system: You are a helpful assistant.
user:
Analyze the provided spectrum to determine if it is a **"Cataclysmic Variables (CV)"**.

- **Key Indicators for CV (Check for either state):**
    - **State 1: Quiescent / Low-State (Emission-Dominated)**
        - **(Primary):** Strong and *very broad* Hydrogen Balmer emission lines (e.g., $H\alpha$ at 6563 Å, $H\beta$ at 4861 Å). The 'broadness' (high velocity dispersion, often FWHM > 1000 km/s) is the key diagnostic, indicating a high-velocity accretion disk.
        - **(Secondary):** Broad neutral Helium (He I) emission lines (e.g., 5876 Å, 6678 Å).
        - **(Key Confirmation):** Presence of high-excitation *ionized* Helium (He II) emission at 4686 Å. This is a strong indicator of accretion onto a white dwarf.
        - **(Line Profile):** Emission lines may exhibit a 'double-peaked' profile, which is a classic signature of a rotating accretion disk viewed at high inclination.

    - **State 2: Outburst / High-State (Absorption-Dominated)**
        - **(Primary):** Spectrum is dominated by a bright, blue continuum (looks like a hot star).
        - **(Secondary):** The emission lines from State 1 are weak, absent, or 'filled in', and are replaced by broad, shallow *absorption* lines (primarily Balmer and He I).
        - **(Morphology):** The overall spectrum mimics a hot B/A-type star. The crucial difference is that the absorption lines are significantly broader, shallower, and more 'washed-out' (or 'smeared') than the sharp lines of a normal stellar photosphere, due to high rotational speeds and pressure broadening in the disk.

Think first, call **spectral_visualization_tool** if needed to examine features in detail, then provide your final answer. Your response must adhere to the following strict rules:
1.  **Overall Structure:** Your response must follow the format `<think>...</think> <tool_call>...</tool_call> (if a tool is used) <answer>...</answer>`.
2.  **Tool Usage Constraint:** You may only make **one** tool call per turn.
3.  **Final Answer Format:** In the `<answer>` tag, your conclusion must be inside a `\boxed{}` command (e.g., `\boxed{YES}`), followed by your justification.

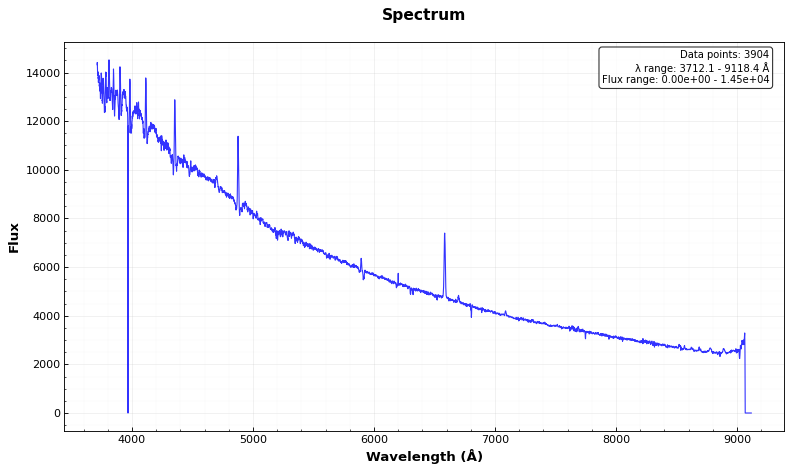
Answer: YES